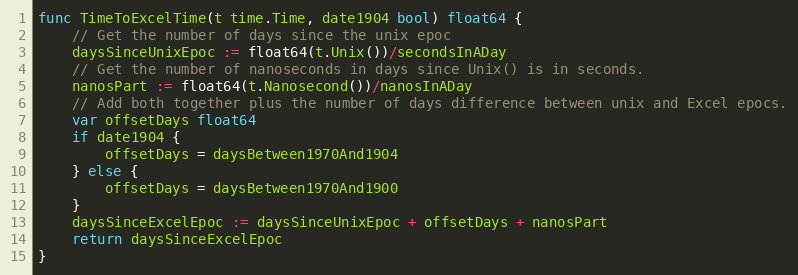
Language: Go
func TimeToExcelTime(t time.Time, date1904 bool) float64 {
	// Get the number of days since the unix epoc
	daysSinceUnixEpoc := float64(t.Unix())/secondsInADay
	// Get the number of nanoseconds in days since Unix() is in seconds.
	nanosPart := float64(t.Nanosecond())/nanosInADay
	// Add both together plus the number of days difference between unix and Excel epocs.
	var offsetDays float64
	if date1904 {
		offsetDays = daysBetween1970And1904
	} else {
		offsetDays = daysBetween1970And1900
	}
	daysSinceExcelEpoc := daysSinceUnixEpoc + offsetDays + nanosPart
	return daysSinceExcelEpoc
}